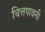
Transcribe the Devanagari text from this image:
चित्तपावनी